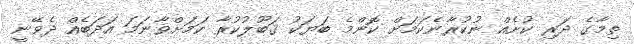
ތިމާގެ ދަރި ކުށެއް ނުކުރާނެކަމަށް ކޮންމެ ބަޔަކު ޤަބޫލުކުރާ ކަމަށްވާނަމަ އަދަބެއް ދެވޭނީ